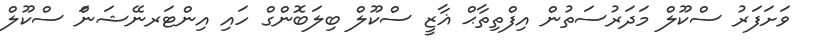
ވަށަފަރު ސްކޫލް މަދަރުސަތުން އިފްތިތާޙް ޣާޒީ ސްކޫލް ބިލަބޮންގް ހައި އިންޓަރނޭޝަނަް ސްކޫލް